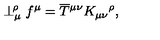
\perp _ { \mu } ^ { \! \rho } f ^ { \mu } = \overline { T } { ^ { \mu \nu } } K _ { \mu \nu } { ^ \rho } ,